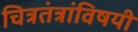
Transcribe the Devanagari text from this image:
चित्रतंत्रांविषयी